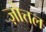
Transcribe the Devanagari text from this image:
ज़ोत्तल